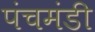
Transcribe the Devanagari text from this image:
पंचमंडी